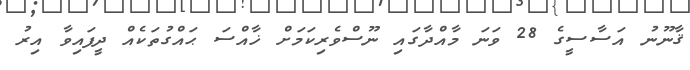
ޤާނޫނު އަސާސީގެ 28 ވަނަ މާއްދާގައި ނޫސްވެރިކަމަށް ޚާއްސަ ޙައްގުތަކެއް ދީފައިވާ އިރު